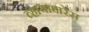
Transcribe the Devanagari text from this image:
व्हायादारेस